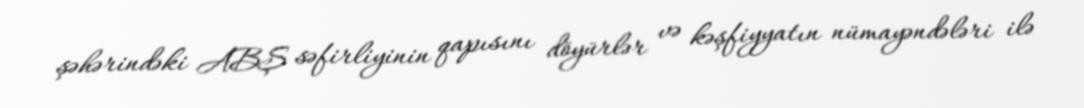
şəhərindəki ABŞ səfirliyinin qapısını döyürlər və kəşfiyyatın nümayəndələri ilə